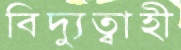
বিদ্যুত্বাহী